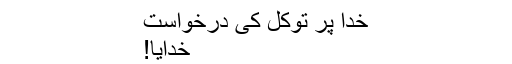
خدا پر توکل کی درخواست
خدایا!